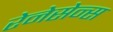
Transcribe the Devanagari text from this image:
रेनेसेन्स